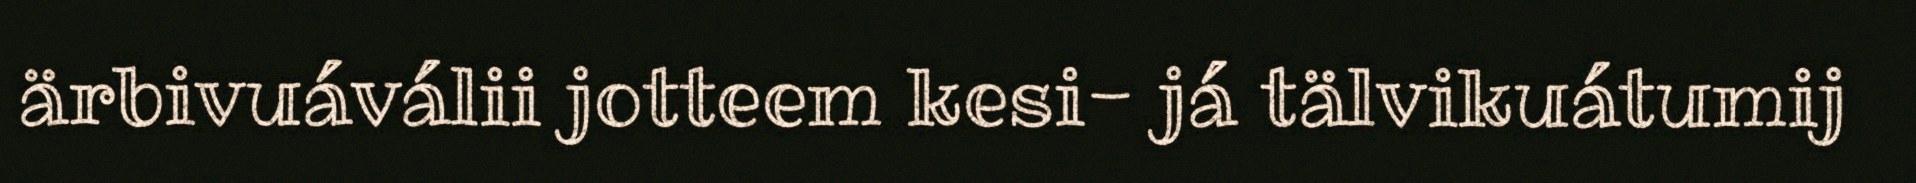
ärbivuáválii jotteem kesi- já tälvikuátumij